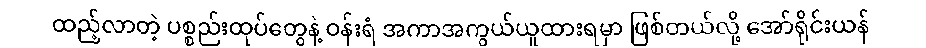
ထည့်လာတဲ့ ပစ္စည်းထုပ်တွေနဲ့ ဝန်းရံ အကာအကွယ်ယူထားရမှာ ဖြစ်တယ်လို့ အော်ရိုင်းယန်